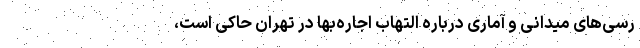
رسی‌های میدانی و آماری درباره التهاب اجاره‌بها در تهران حاکی است،